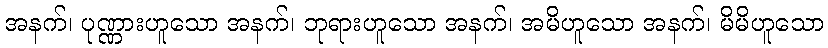
အနက်၊ ပုဏ္ဏားဟူသော အနက်၊ ဘုရားဟူသော အနက်၊ အမိဟူသော အနက်၊ မိမိဟူသော